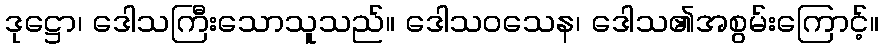
ဒုဋ္ဌော၊ ဒေါသကြီးသောသူသည်။ ဒေါသဝသေန၊ ဒေါသ၏အစွမ်းကြောင့်။